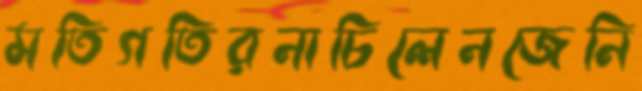
মতিগতিরনাচিলেনজেনি